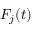
F _ { j } ( t )